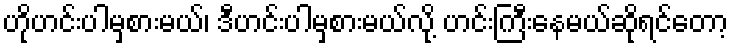
ဟိုဟင်းပါမှစားမယ်၊ ဒီဟင်းပါမှစားမယ်လို့ ဟင်းကြီးနေမယ်ဆိုရင်တော့